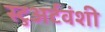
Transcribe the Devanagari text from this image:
स्टुअर्टवंशी